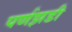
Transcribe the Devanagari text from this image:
पर्णझडी